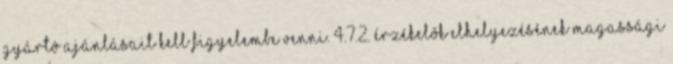
gyártó ajánlásait kell figyelembe venni. 4.7.2. Érzékelõk elhelyezésének magassági